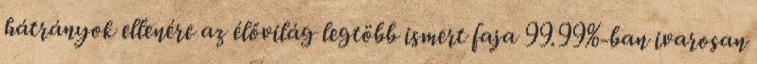
hátrányok ellenére az élővilág legtöbb ismert faja 99.99%-ban ivarosan